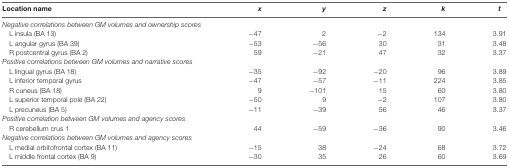
<table><thead><tr><td><b>Location name</b></td><td><b><i>x</i></b></td><td><b><i>y</i></b></td><td><b><i>z</i></b></td><td><b><i>k</i></b></td><td><b><i>t</i></b></td></tr></thead><tbody><tr><td><i>Negative correlations between GM volumes and ownership scores</i></td></tr><tr><td>L insula (BA 13)</td><td>−47</td><td>2</td><td>−2</td><td>134</td><td>3.91</td></tr><tr><td>L angular gyrus (BA 39)</td><td>−53</td><td>−56</td><td>30</td><td>31</td><td>3.48</td></tr><tr><td>R postcentral gyrus (BA 2)</td><td>59</td><td>−21</td><td>47</td><td>32</td><td>3.37</td></tr><tr><td><i>Positive correlations between GM volumes and narrative scores</i></td></tr><tr><td>L lingual gyrus (BA 18)</td><td>−35</td><td>−92</td><td>−20</td><td>96</td><td>3.89</td></tr><tr><td>L inferior temporal gyrus</td><td>−47</td><td>−57</td><td>−11</td><td>224</td><td>3.85</td></tr><tr><td>R cuneus (BA 18)</td><td>9</td><td>−101</td><td>15</td><td>60</td><td>3.80</td></tr><tr><td>L superior temporal pole (BA 22)</td><td>−50</td><td>9</td><td>−2</td><td>107</td><td>3.80</td></tr><tr><td>L precuneus (BA 5)</td><td>−11</td><td>−39</td><td>56</td><td>46</td><td>3.37</td></tr><tr><td><i>Positive correlation between GM volumes and agency scores</i></td></tr><tr><td>R cerebellum crus 1</td><td>44</td><td>−59</td><td>−36</td><td>90</td><td>3.46</td></tr><tr><td><i>Negative correlations between GM volumes and agency scores</i></td></tr><tr><td>L medial orbitofrontal cortex (BA 11)</td><td>−15</td><td>38</td><td>−24</td><td>68</td><td>3.72</td></tr><tr><td>L middle frontal cortex (BA 9)</td><td>−30</td><td>35</td><td>26</td><td>60</td><td>3.69</td></tr></tbody></table>